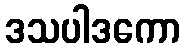
ဒသပါဒကော